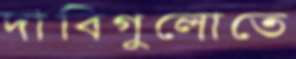
দাবিগুলোতে